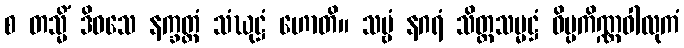
စ တသ္မိံ ဒိဝသေ နက္ခတ္တံ သံဃုဋ္ဌံ ဟောတိ။ သဗ္ဗံ နဂရံ သိတ္တသမ္မဋ္ဌံ ဝိပ္ပကိဏ္ဏဝါလုကံ